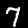
Label: 7